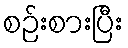
စဉ်းစားပြီး